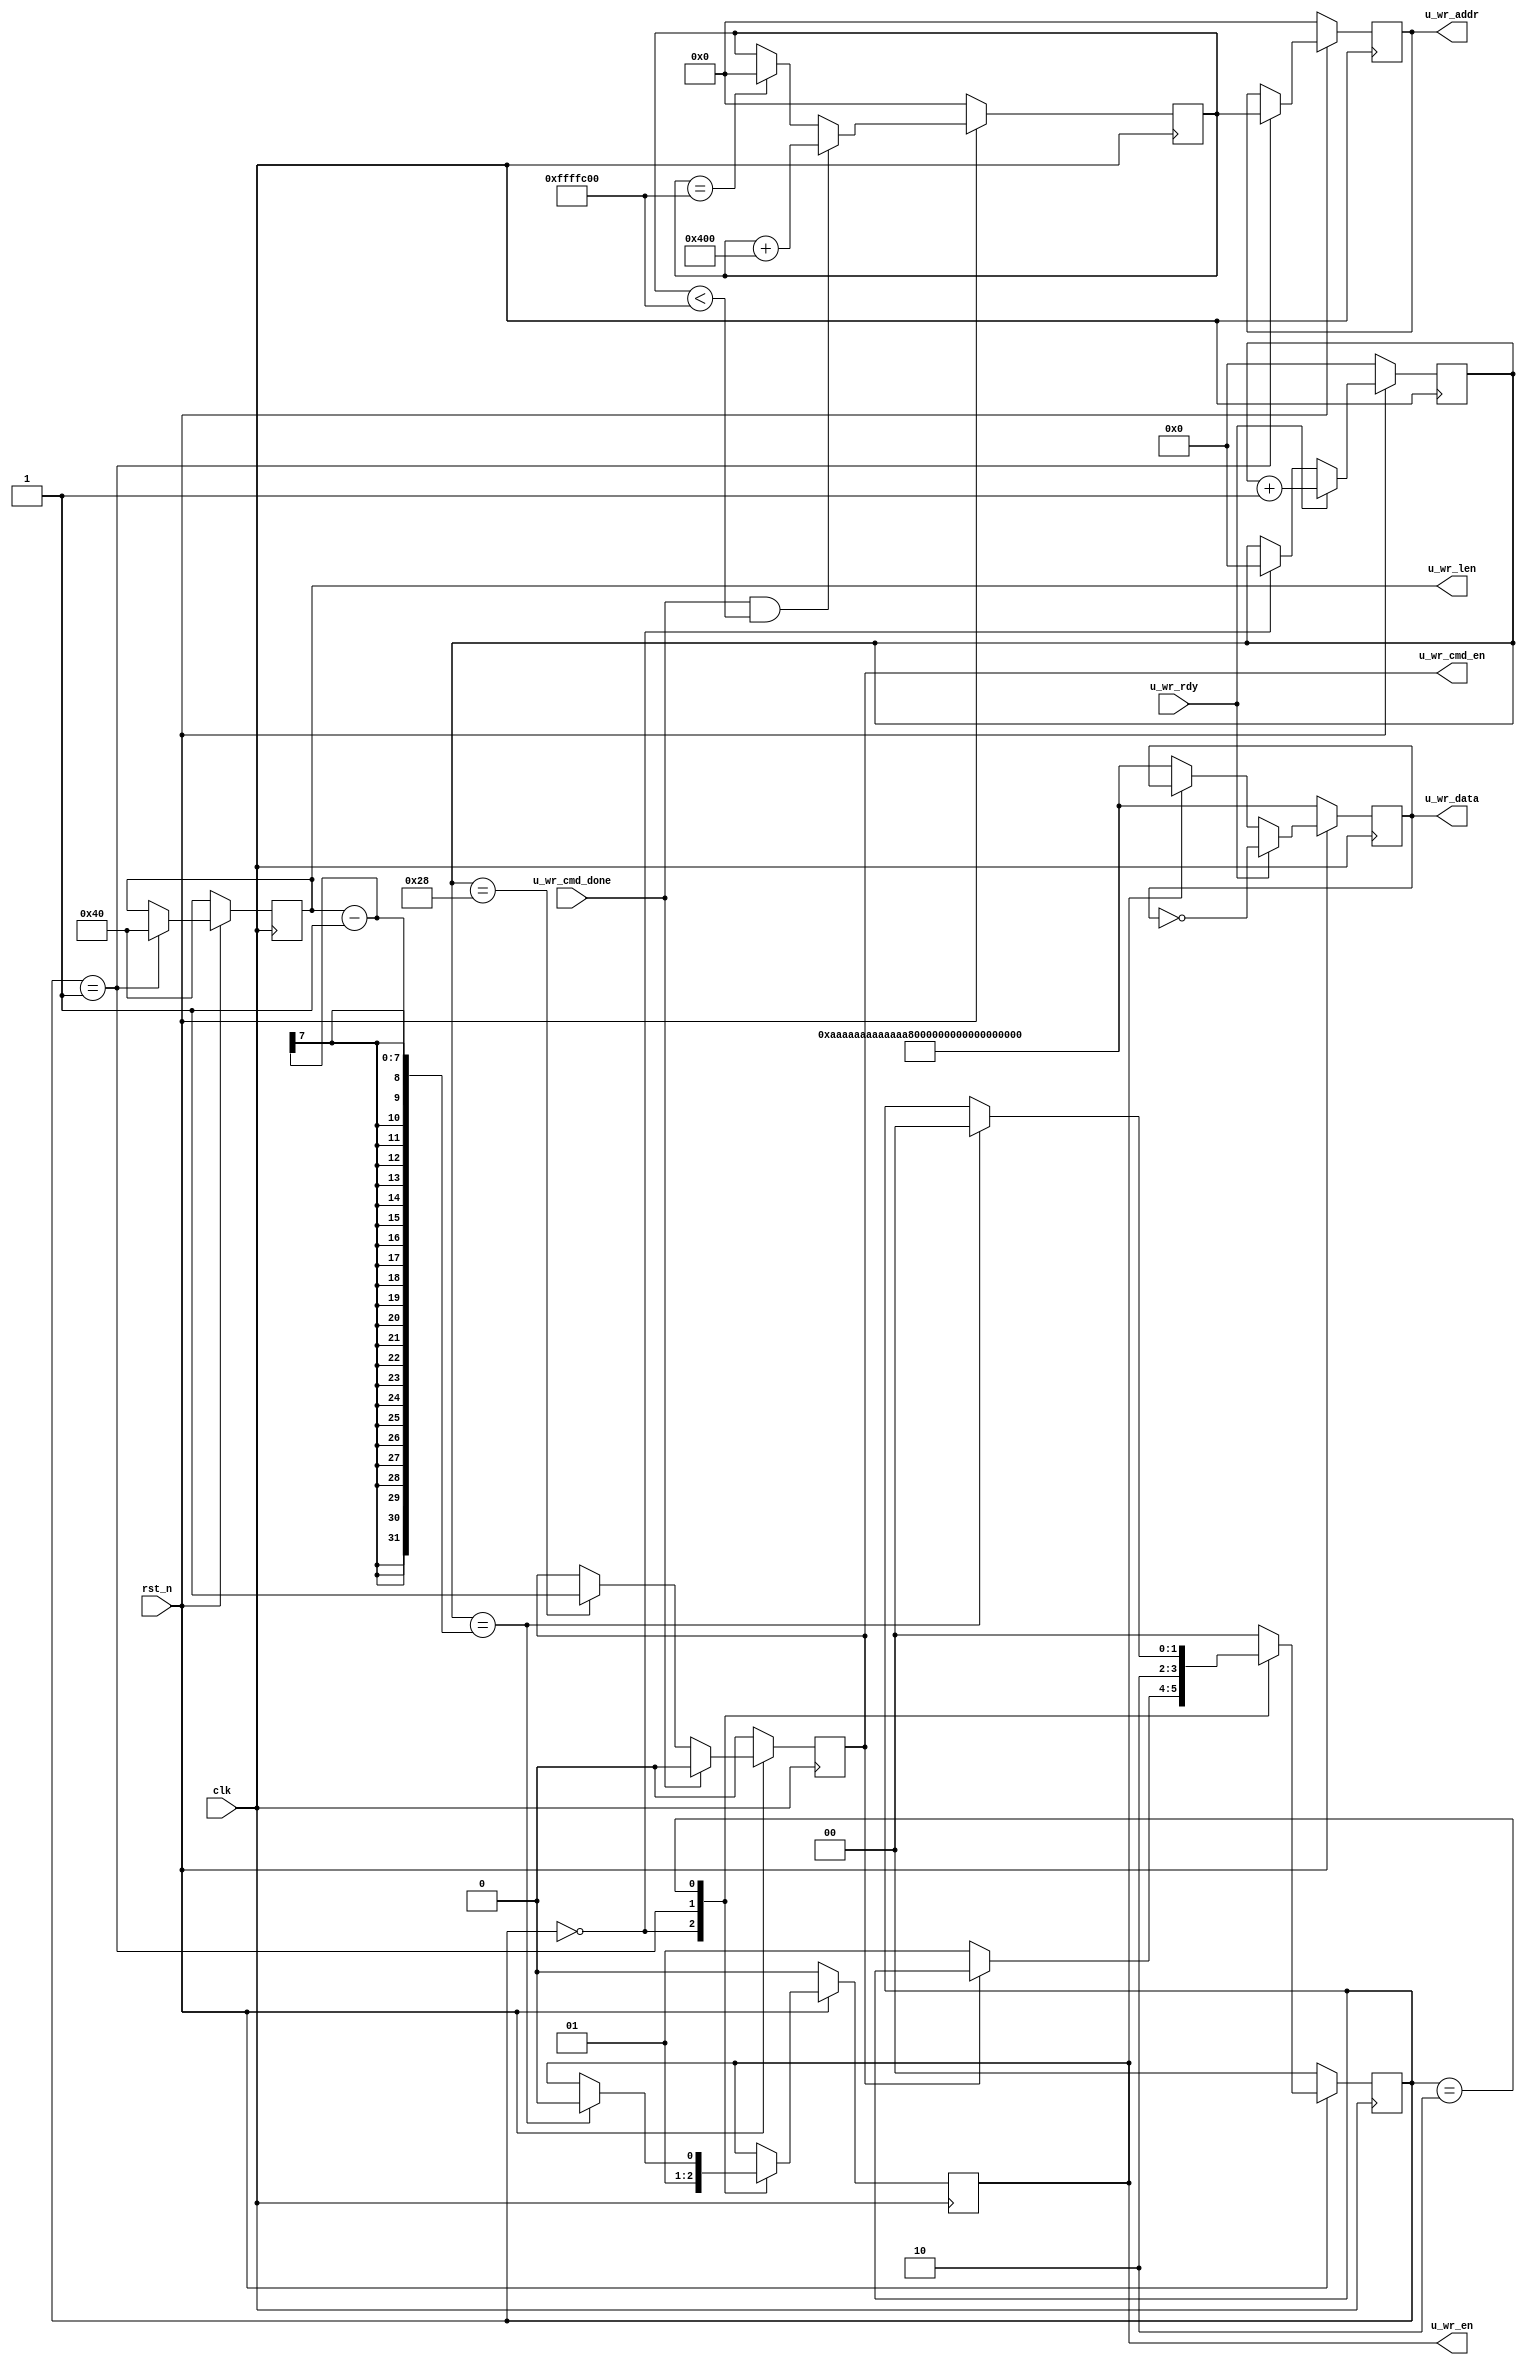
`timescale 1ns / 1ps
//////////////////////////////////////////////////////////////////////////////////
// Company: 
// Engineer: 
// 
// Design Name: 
// Module Name:    U_MCB_WR 
// Project Name: 
// Target Devices: 
// Tool versions: 
// Description: 
//
// Dependencies: 
//
// Revision: 
// Revision 0.01 - File Created
// Additional Comments: 
//
//////////////////////////////////////////////////////////////////////////////////
module U_MCB_WR(
	input clk, 
	input rst_n,
	input u_wr_cmd_done,	//The operation of wirte cmd is done 
	input u_wr_rdy,				//user write ready ,data can be written in to mcb
	
	output reg u_wr_cmd_en,	//user write mcb cmd enable
	output reg u_wr_en,			//user write data enable
	output reg [127:0] u_wr_data,	//user write data
	output reg [29:0] u_wr_addr,	//user write address
	output reg [6:0] u_wr_len			//user write data len
    );
   
  (* KEEP = "TRUE" *) wire [1:0] u_wr_s_r;
	(* KEEP = "TRUE" *) wire [3:0] u_wr_en_dly1;
	
	parameter WR_IDLE 	= 2'd0,
						WR_BEGIN 	=	2'd1,
						WR_WAIT 	= 2'd2;
						
	reg [6:0] u_wr_cnt; //user write count	
	reg [1:0] u_wr_s; //user write state
	
	//when mcb write fifo more than 2 data enable write data cmd
	always@(posedge clk)
	begin
		if(!rst_n)
			begin
				u_wr_cmd_en <= 1'b0;
			end
		else
			begin
				if(u_wr_cmd_done)
					u_wr_cmd_en <= 1'b0;		//clear mcb user write enable signal
				else if(u_wr_cnt == 40)		
					u_wr_cmd_en <= 1'b1;	//enable user mcb cmd signal
			end
	end 
	
	
	//
	
	always@(posedge clk)
	begin
		if(!rst_n)
		begin
			u_wr_data <= 128'hAA_AA_AA_AA_AA_AA_AA_AA_AA_AA_AA_AA_AA_AA_AA_AA;
		end
		else begin
			if(u_wr_rdy)							//mcb fifo is valid
				u_wr_data <= ~u_wr_data; // count up data write to mcb fifo
			else if(~u_wr_en)
				u_wr_data <= 128'hAA_AA_AA_AA_AA_AA_AA_AA_AA_AA_AA_AA_AA_AA_AA_AA;
		end
	end
	
	
	//
	
	always@(posedge clk)
	begin
		if(!rst_n)
			u_wr_cnt <= 7'd0;
		else begin
			if(u_wr_rdy) u_wr_cnt <= u_wr_cnt + 1'b1;
			else if (u_wr_s == WR_IDLE) u_wr_cnt <= 7'b0; 
		end
	end
	
	reg [29:0] u_wr_addr_set;
	
	//
	
	always@(posedge clk)
	begin
		if(!rst_n)
		begin
			u_wr_len <= 7'd64;			//user write len
			u_wr_addr <= 29'd0;			//user write addr
			u_wr_en <= 1'b0;				//user write enable
			u_wr_s <= WR_IDLE;
		end
		else begin
			case(u_wr_s)
				WR_IDLE:
				begin
					u_wr_en <= 1'b0;
					if(u_wr_cmd_en == 1'b0)	//start new write
						u_wr_s <= WR_BEGIN;
					else
						u_wr_s <= u_wr_s;
				end
				
				WR_BEGIN:
				begin
					u_wr_en <= 1'b1;
					u_wr_addr <= u_wr_addr_set;
					u_wr_len <= 7'd64;
					u_wr_s <= WR_WAIT;
				end
				
				WR_WAIT:
				begin
					if(u_wr_cnt == (u_wr_len - 1))
					begin
						u_wr_s <= WR_IDLE;
						u_wr_en <= 1'b0;
					end
					else u_wr_s <= u_wr_s;
				end
				
				default : u_wr_s <= WR_IDLE;
				
			endcase

		end

	end
	
	//
	parameter ADDR_INC = 12'h400;
	parameter END_ADDR = 29'h10000000 - ADDR_INC;
	
	always @(posedge clk)
	begin
		if(~rst_n)
		begin
			u_wr_addr_set <= 29'd0;
		end
		else begin
		if(u_wr_cmd_done && (u_wr_addr_set < END_ADDR))
			u_wr_addr_set <= u_wr_addr_set +  ADDR_INC;
		else if(u_wr_addr_set == END_ADDR)
			u_wr_addr_set <= 29'd0;
			
			
		end
		
		
		
		
	end
	
	
	
	
	
	
	
	

endmodule